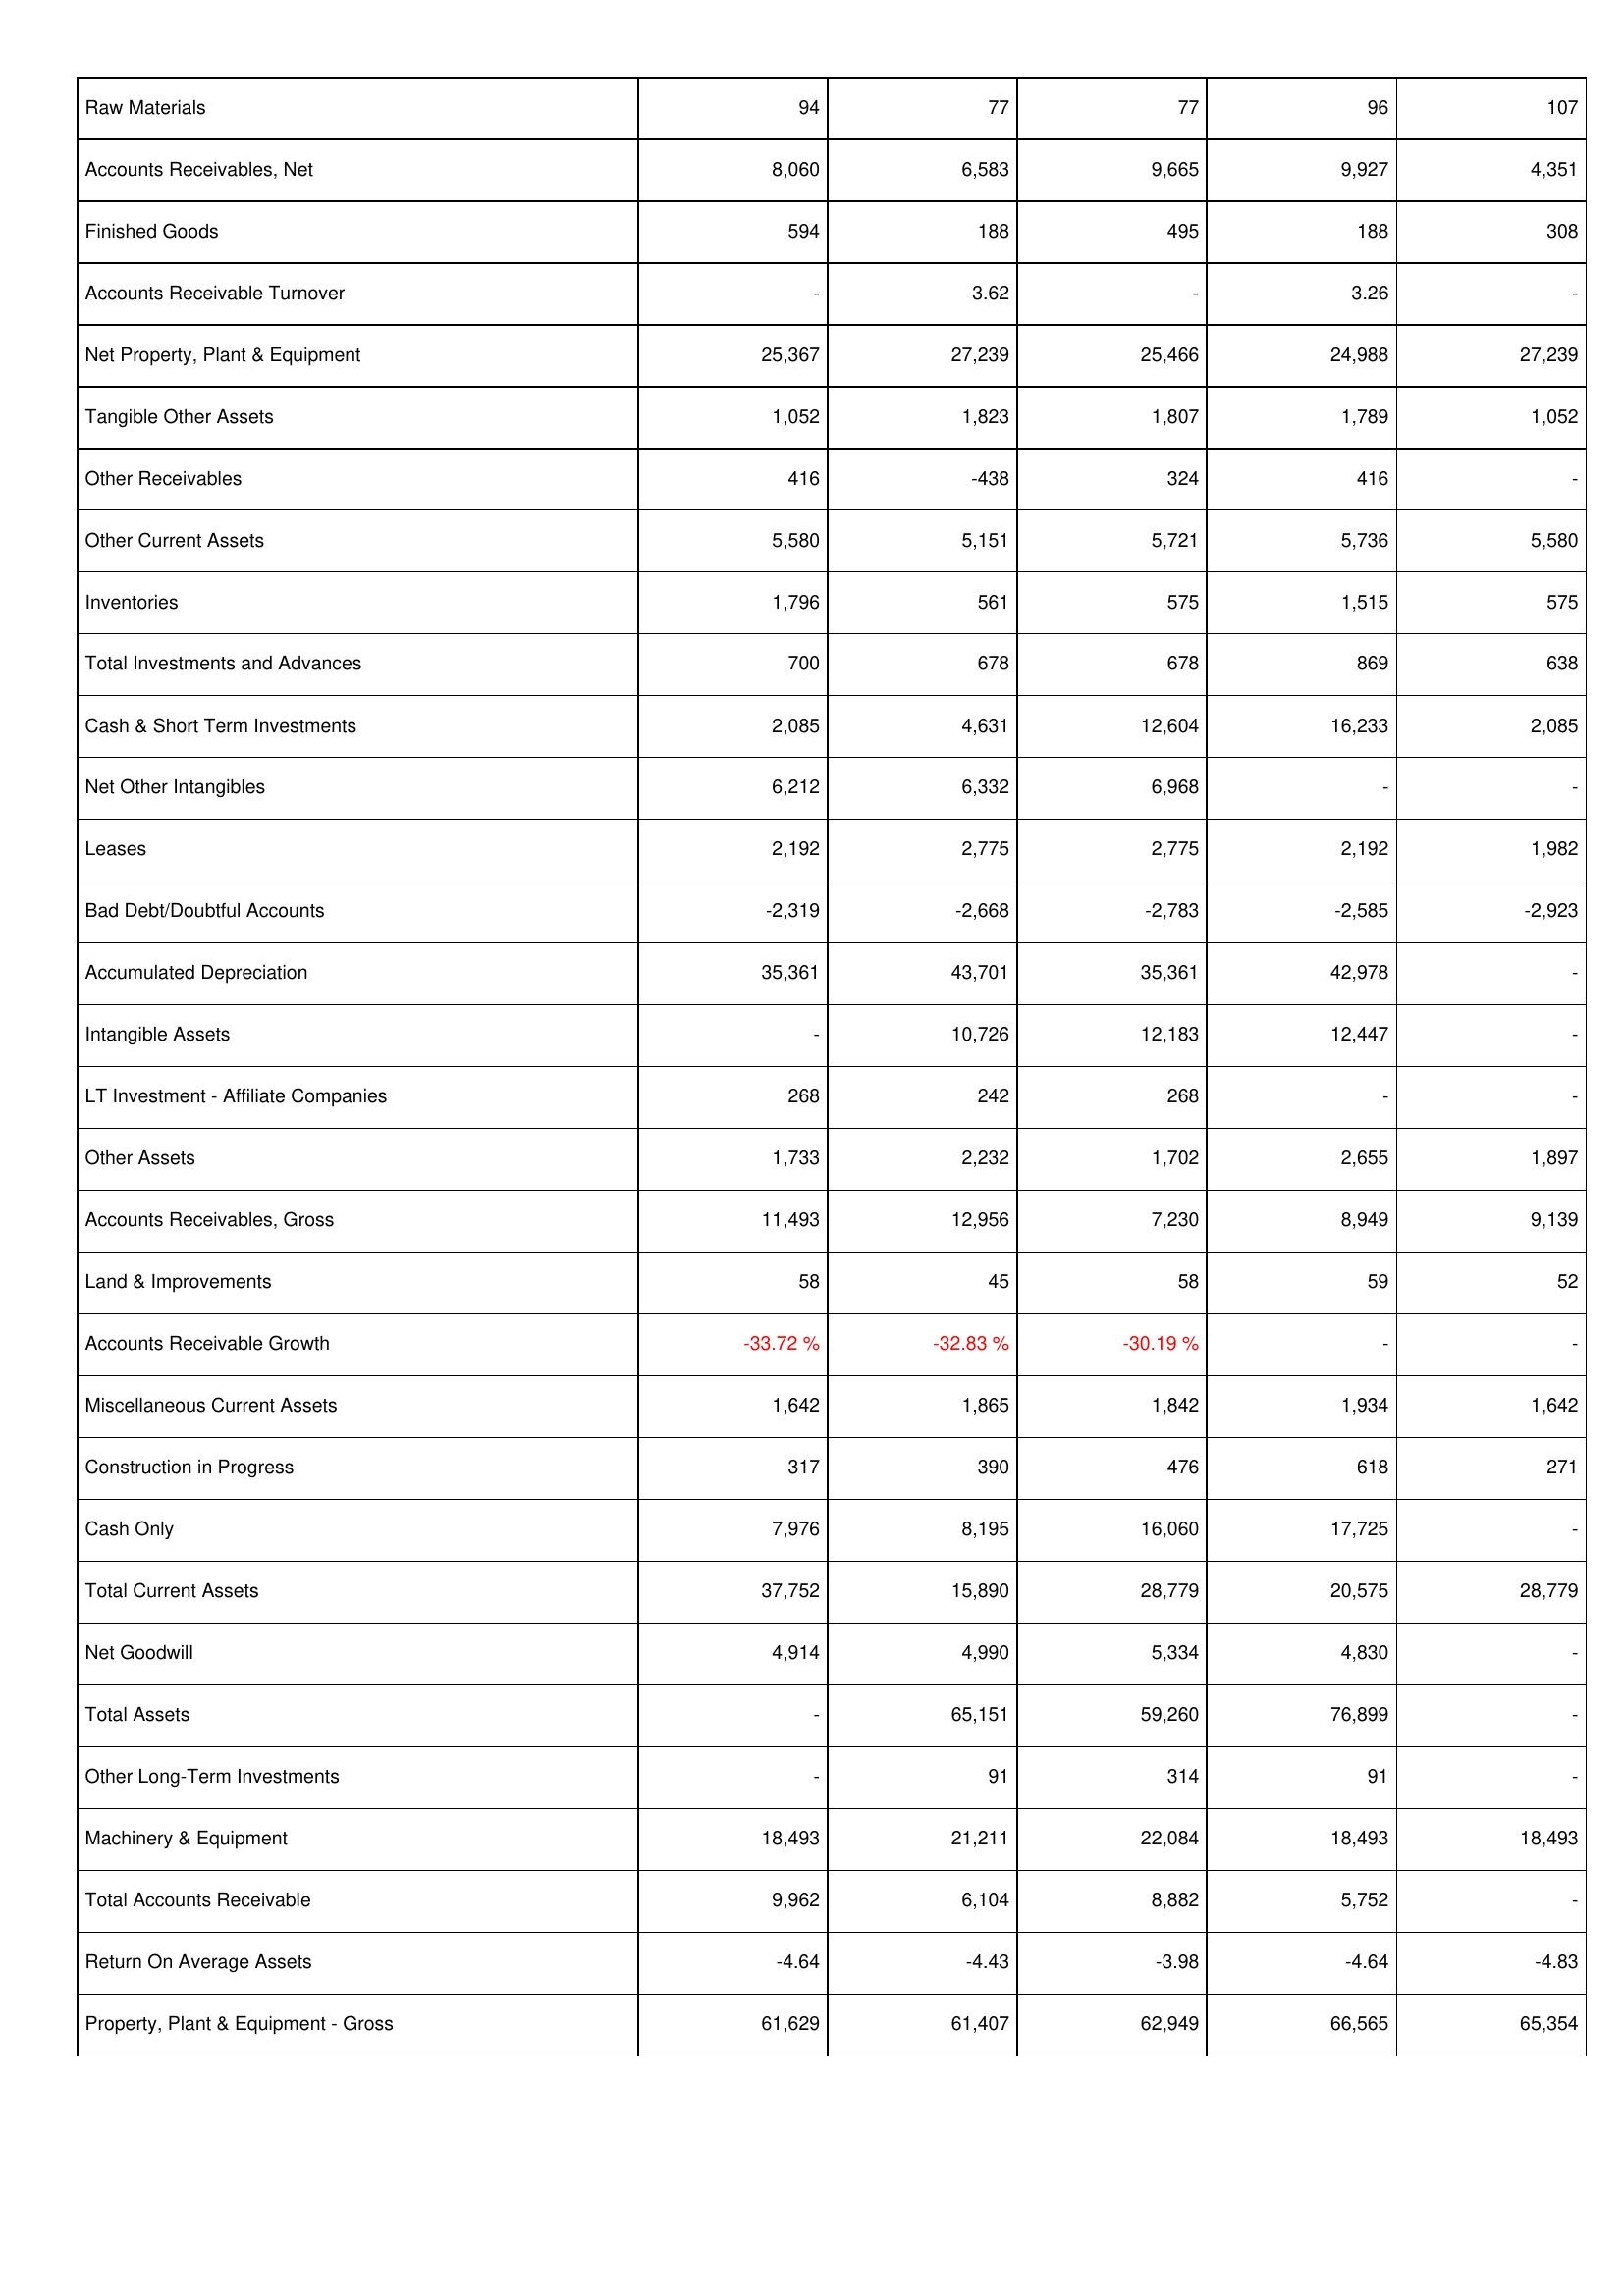
2010: Assets: Raw Materials: 94
Accounts Receivables, Net: 8,060
Finished Goods: 594
Accounts Receivable Turnover: -
Net Property, Plant & Equipment: 25,367
Tangible Other Assets: 1,052
Other Receivables: 416
Other Current Assets: 5,580
Inventories: 1,796
Total Investments and Advances: 700
Cash & Short Term Investments: 2,085
Net Other Intangibles: 6,212
Leases: 2,192
Bad Debt/Doubtful Accounts: -2,319
Accumulated Depreciation: 35,361
Intangible Assets: -
LT Investment - Affiliate Companies: 268
Other Assets: 1,733
Accounts Receivables, Gross: 11,493
Land & Improvements: 58
Accounts Receivable Growth: -33.72 %
Miscellaneous Current Assets: 1,642
Construction in Progress: 317
Cash Only: 7,976
Total Current Assets: 37,752
Net Goodwill: 4,914
Total Assets: -
Other Long-Term Investments: -
Machinery & Equipment: 18,493
Total Accounts Receivable: 9,962
Return On Average Assets: -4.64
Property, Plant & Equipment - Gross: 61,629
2011: Assets: Raw Materials: 77
Accounts Receivables, Net: 6,583
Finished Goods: 188
Accounts Receivable Turnover: 3.62
Net Property, Plant & Equipment: 27,239
Tangible Other Assets: 1,823
Other Receivables: -438
Other Current Assets: 5,151
Inventories: 561
Total Investments and Advances: 678
Cash & Short Term Investments: 4,631
Net Other Intangibles: 6,332
Leases: 2,775
Bad Debt/Doubtful Accounts: -2,668
Accumulated Depreciation: 43,701
Intangible Assets: 10,726
LT Investment - Affiliate Companies: 242
Other Assets: 2,232
Accounts Receivables, Gross: 12,956
Land & Improvements: 45
Accounts Receivable Growth: -32.83 %
Miscellaneous Current Assets: 1,865
Construction in Progress: 390
Cash Only: 8,195
Total Current Assets: 15,890
Net Goodwill: 4,990
Total Assets: 65,151
Other Long-Term Investments: 91
Machinery & Equipment: 21,211
Total Accounts Receivable: 6,104
Return On Average Assets: -4.43
Property, Plant & Equipment - Gross: 61,407
2012: Assets: Raw Materials: 77
Accounts Receivables, Net: 9,665
Finished Goods: 495
Accounts Receivable Turnover: -
Net Property, Plant & Equipment: 25,466
Tangible Other Assets: 1,807
Other Receivables: 324
Other Current Assets: 5,721
Inventories: 575
Total Investments and Advances: 678
Cash & Short Term Investments: 12,604
Net Other Intangibles: 6,968
Leases: 2,775
Bad Debt/Doubtful Accounts: -2,783
Accumulated Depreciation: 35,361
Intangible Assets: 12,183
LT Investment - Affiliate Companies: 268
Other Assets: 1,702
Accounts Receivables, Gross: 7,230
Land & Improvements: 58
Accounts Receivable Growth: -30.19 %
Miscellaneous Current Assets: 1,842
Construction in Progress: 476
Cash Only: 16,060
Total Current Assets: 28,779
Net Goodwill: 5,334
Total Assets: 59,260
Other Long-Term Investments: 314
Machinery & Equipment: 22,084
Total Accounts Receivable: 8,882
Return On Average Assets: -3.98
Property, Plant & Equipment - Gross: 62,949
2013: Assets: Raw Materials: 96
Accounts Receivables, Net: 9,927
Finished Goods: 188
Accounts Receivable Turnover: 3.26
Net Property, Plant & Equipment: 24,988
Tangible Other Assets: 1,789
Other Receivables: 416
Other Current Assets: 5,736
Inventories: 1,515
Total Investments and Advances: 869
Cash & Short Term Investments: 16,233
Net Other Intangibles: -
Leases: 2,192
Bad Debt/Doubtful Accounts: -2,585
Accumulated Depreciation: 42,978
Intangible Assets: 12,447
LT Investment - Affiliate Companies: -
Other Assets: 2,655
Accounts Receivables, Gross: 8,949
Land & Improvements: 59
Accounts Receivable Growth: -
Miscellaneous Current Assets: 1,934
Construction in Progress: 618
Cash Only: 17,725
Total Current Assets: 20,575
Net Goodwill: 4,830
Total Assets: 76,899
Other Long-Term Investments: 91
Machinery & Equipment: 18,493
Total Accounts Receivable: 5,752
Return On Average Assets: -4.64
Property, Plant & Equipment - Gross: 66,565
2014: Assets: Raw Materials: 107
Accounts Receivables, Net: 4,351
Finished Goods: 308
Accounts Receivable Turnover: -
Net Property, Plant & Equipment: 27,239
Tangible Other Assets: 1,052
Other Receivables: -
Other Current Assets: 5,580
Inventories: 575
Total Investments and Advances: 638
Cash & Short Term Investments: 2,085
Net Other Intangibles: -
Leases: 1,982
Bad Debt/Doubtful Accounts: -2,923
Accumulated Depreciation: -
Intangible Assets: -
LT Investment - Affiliate Companies: -
Other Assets: 1,897
Accounts Receivables, Gross: 9,139
Land & Improvements: 52
Accounts Receivable Growth: -
Miscellaneous Current Assets: 1,642
Construction in Progress: 271
Cash Only: -
Total Current Assets: 28,779
Net Goodwill: -
Total Assets: -
Other Long-Term Investments: -
Machinery & Equipment: 18,493
Total Accounts Receivable: -
Return On Average Assets: -4.83
Property, Plant & Equipment - Gross: 65,354